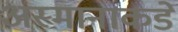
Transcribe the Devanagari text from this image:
अस्मानाकडे